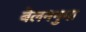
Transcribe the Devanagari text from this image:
बेलननुमा